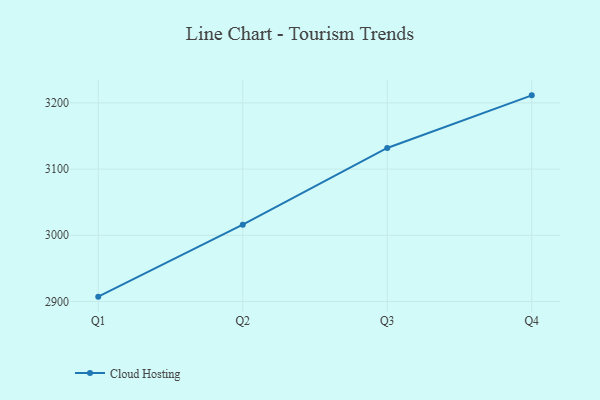
{"axis": {"x": "Quarter", "y": "Waste Production (Tons)"}, "legend": ["Cloud Hosting"], "data": [{"x": "Q1", "y": 2907.3, "type": "Cloud Hosting"}, {"x": "Q2", "y": 3016.0, "type": "Cloud Hosting"}, {"x": "Q3", "y": 3131.9, "type": "Cloud Hosting"}, {"x": "Q4", "y": 3211.4, "type": "Cloud Hosting"}]}